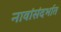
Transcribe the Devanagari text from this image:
नावांसंदर्भात